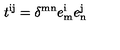
t ^ { \mathrm { i j } } = \delta ^ { \mathrm { m n } } e _ { \mathrm { m } } ^ { \mathrm { i } } e _ { \mathrm { n } } ^ { \mathrm { j } }